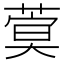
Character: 𦶺